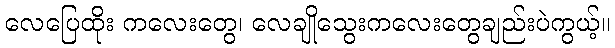
လေပြေထိုး ကလေးတွေ၊ လေချိုသွေးကလေးတွေချည်းပဲကွယ့်။